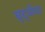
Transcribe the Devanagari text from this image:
वृद्धीचा